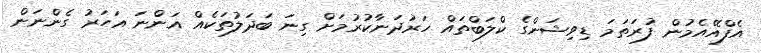
އެފްއޭއެމުން ފުރަތަމަ ޑިވިޝަންގެ ކްލަބްތައް ހަރުދަނާކުރުމަށް ގިނަ ބަދަލުތަކެއް އަންނަ އަހަރު ގެންނަން